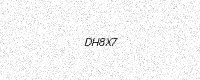
Text: DH8X7